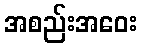
အစည်းအဝေး